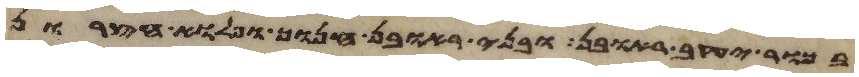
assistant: בכור יעקב ראובן ובני ראובן חנוך ופלוא חצרון